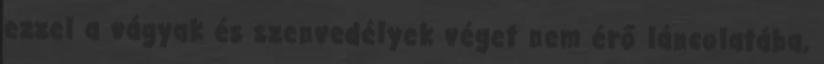
ezzel a vágyak és szenvedélyek véget nem érő láncolatába,